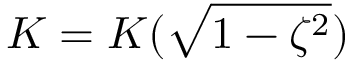
K = K ( \sqrt { 1 - \zeta ^ { 2 } } )